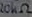
Text: 20KΩ